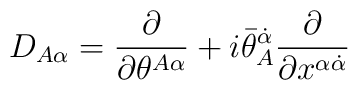
D_{A\alpha} = {\partial\over\partial\theta^{A\alpha}} +i\bar\theta_A^{\dot\alpha} {\partial\over\partial x^{\alpha\dot\alpha}}